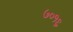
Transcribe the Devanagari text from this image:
७०१६